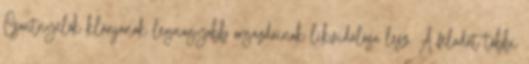
Csontnyelők klánjának legnagyobb orgazdáinak likvidálása lesz. A feladat többi